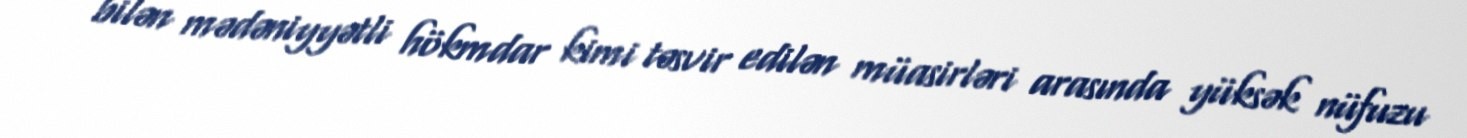
bilən mədəniyyətli hökmdar kimi təsvir edilən müasirləri arasında yüksək nüfuzu